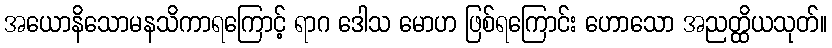
အယောနိသောမနသိကာရကြောင့် ရာဂ ဒေါသ မောဟ ဖြစ်ရကြောင်း ဟောသော အညတ္ထိယသုတ်။